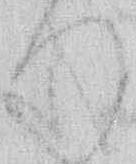
つ